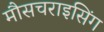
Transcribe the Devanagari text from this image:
मौसचराइसिंग